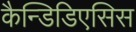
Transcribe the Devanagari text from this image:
कैन्डिडिएसिस